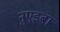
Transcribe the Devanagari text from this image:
नुएइबा